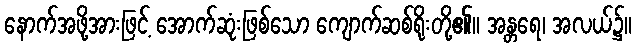
နောက်အဖို့အားဖြင့် အောက်ဆုံးဖြစ်သော ကျောက်ဆစ်ရိုးတို့၏။ အန္တရေ၊ အလယ်၌။